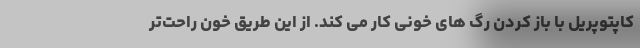
کاپتوپریل با باز کردن رگ های خونی کار می کند. از این طریق خون راحت‌تر